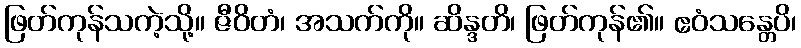
ဖြတ်ကုန်သကဲ့သို့။ ဇီဝိတံ၊ အသက်ကို။ ဆိန္ဒတိ၊ ဖြတ်ကုန်၏။ ဧဝံသန္တေပိ၊